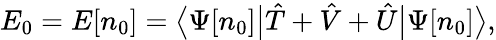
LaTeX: E_{0}=E[n_{0}]={\big\langle}\Psi[n_{0}]{\big|}{\hat{T}}+{\hat{V}}+{\hat{U}}{\big|}\Psi[n_{0}]{\big\rangle},